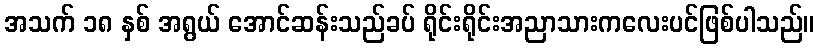
အသက် ၁၈ နှစ် အရွယ် အောင်ဆန်းသည်ခပ် ရိုင်းရိုင်းအညာသားကလေးပင်ဖြစ်ပါသည်။